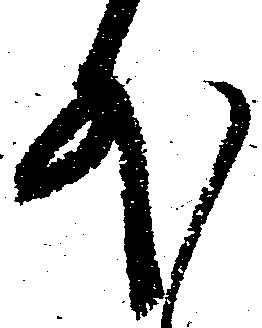
外